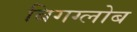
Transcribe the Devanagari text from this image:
बिगग्लोब